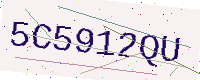
Text: 5C5912QU